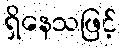
ရှိနေသဖြင့်